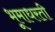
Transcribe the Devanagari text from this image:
भूमाधरती